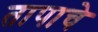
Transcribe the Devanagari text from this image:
तापाचे